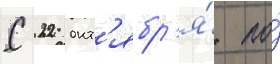
С 22 окт'ябр'я́ по́